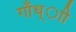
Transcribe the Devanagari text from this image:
गाँध्ाी